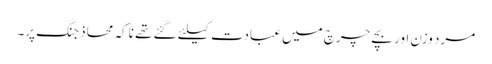
مرد وزن اور بچے چرچ میں عبادت کیلئے گئے تھے ناکہ محاذ جنگ پر۔